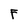
Character: F